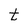
Character: t